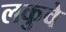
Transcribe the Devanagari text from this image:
लकुवे